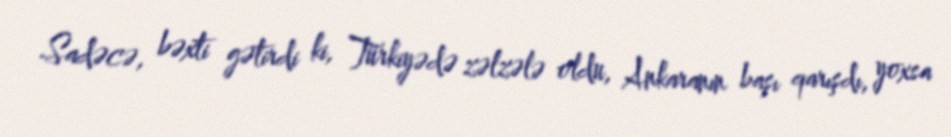
Sadəcə, bəxti gətirdi ki, Türkiyədə zəlzələ oldu, Ankaranın başı qarışdı, yoxsa